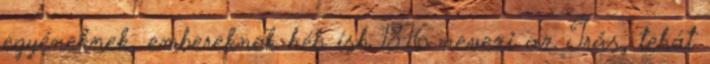
egyéneknek, embereknek héb ísh 18:16 nevezi az Írás, tehát